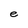
Character: e